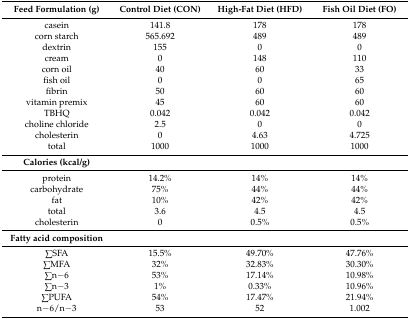
| Feed Formulation (g) | Control Diet (CON) | High-Fat Diet (HFD) | Fish Oil Diet (FO) |
 | --- | --- | --- | --- |
 | casein | 141.8 | 178 | 178 |
 | corn starch | 565.692 | 489 | 489 |
 | dextrin | 155 | 0 | 0 |
 | cream | 0 | 148 | 110 |
 | corn oil | 40 | 60 | 33 |
 | fish oil | 0 | 0 | 65 |
 | fibrin | 50 | 60 | 60 |
 | vitamin premix | 45 | 60 | 60 |
 | TBHQ | 0.042 | 0.042 | 0.042 |
 | choline chloride | 2.5 | 0 | 0 |
 | cholesterin | 0 | 4.63 | 4.725 |
 | total | 1000 | 1000 | 1000 |
 | Calories (kcal/g) | <COLSPAN=3>  |
 | protein | 14.2% | 14% | 14% |
 | carbohydrate | 75% | 44% | 44% |
 | fat | 10% | 42% | 42% |
 | total | 3.6 | 4.5 | 4.5 |
 | cholesterin | 0 | 0.5% | 0.5% |
 | Fatty acid composition | <COLSPAN=3>  |
 | ∑SFA | 15.5% | 49.70% | 47.76% |
 | ∑MFA | 32% | 32.83% | 30.30% |
 | ∑n−6 | 53% | 17.14% | 10.98% |
 | ∑n−3 | 1% | 0.33% | 10.96% |
 | ∑PUFA | 54% | 17.47% | 21.94% |
 | n−6/n−3 | 53 | 52 | 1.002 |